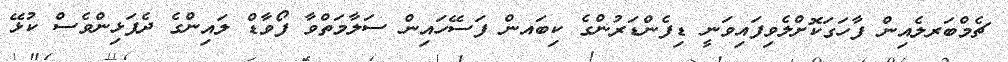
ޗެމްބަރލެއިން ފާހަގަކޮށްލެވިފައިވަނީ ޑިފެންޑަރުންގެ ކިބައން ފަސޭހައިން ސަލާމަތްވާ ފޯވާޑް ލައިންގެ ދެފަޅިންވެސް ކުޅޭ